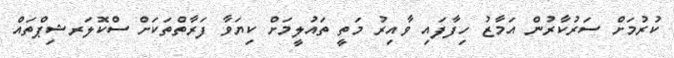
ކުރުމަށް ސަރުކާރުން އަމާޒު ހިފާފައި ވާއިރު މަތީ ތައުލީމަށް ކިޔަވާ ފަރާތްތަކަށް ސްކޮލަރޝިޕްތައް